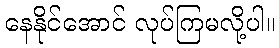
နေနိုင်အောင် လုပ်ကြမလို့ပါ။